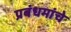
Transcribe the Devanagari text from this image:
प्रबंधमांचे